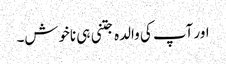
اور آپ کی والدہ جتنی ہی ناخوش۔